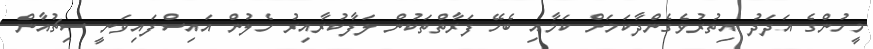
މީހުންގެ އަދަދު އިތުރުވެގެންދާކަމަށް ކަމާއި ބެހޭ ފަރާތްތަކުން ލަފާކުރާއިރު ހެލުން އައިސްފައިވަނީ ސިޗުއާން